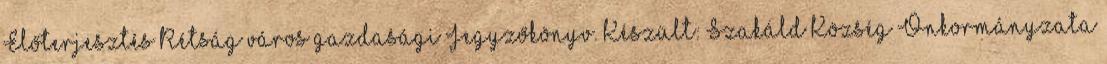
Előterjesztés Rétság város gazdasági Jegyzőkönyv. Készült: Szakáld Község Önkormányzata